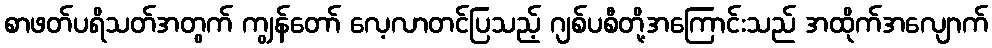
စာဖတ်ပရိသတ်အတွက် ကျွန်တော် လေ့လာတင်ပြသည့် ဂျစ်ပစီတို့အကြောင်းသည် အထိုက်အလျောက်